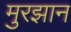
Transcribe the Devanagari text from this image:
मुरझान